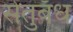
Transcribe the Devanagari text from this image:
सेतुबँध